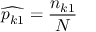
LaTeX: { \widehat { p _ { k 1 } } } = { \frac { n _ { k 1 } } { N } }